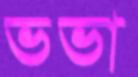
ভভা